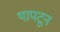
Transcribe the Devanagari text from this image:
थापटून